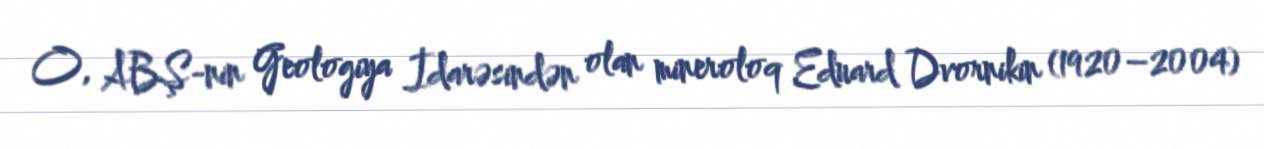
O, ABŞ-nin Geologiya İdarəsindən olan mineroloq Eduard Dvornikin (1920–2004)